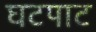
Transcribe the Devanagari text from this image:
घटपाट